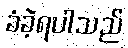
ခံခဲ့ရပါသည်